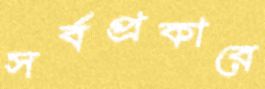
সর্বপ্রকারে